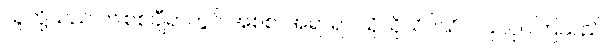
သူတို့သည် ဤစစ်ချီရာတွင် အစစ၊ အရာရာ သိုသိုသိပ်သိပ် ပြုလုပ်ကြသည်။